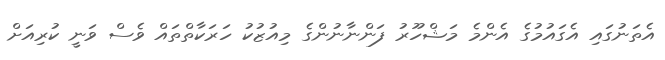
އެތަނުގައި އެގައުމުގެ އެންމެ މަޝްހޫރު ފަންނާނުންގެ މިއުޒުކު ހަރަކާތްތައް ވެސް ވަނީ ކުރިއަށް